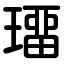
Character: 璢